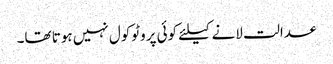
عدالت لانے کیلئے کوئی پروٹوکول نہیں ہوتا تھا۔